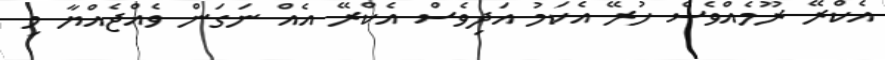
އެކްރޭ ރޫމެއްވެސް ހުރޭ އެކަމު އަދިވެސް އެކްރޭ އެއް ނަގަން ވެއްޖެއްޔާ މި